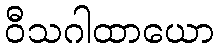
ဝီသဂါထာယော